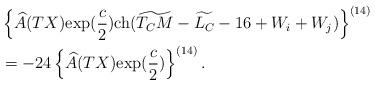
LaTeX: \begin{align*}&\left\{\widehat{A}(TX){\rm exp}(\frac{c}{2}){\rm ch}(\widetilde{T_CM}-\widetilde{L_C}-16+W_i+W_j)\right\}^{(14)}\\&=-24\left\{\widehat{A}(TX){\rm exp}(\frac{c}{2})\right\}^{(14)}. \end{align*}